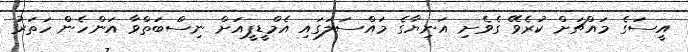
އީސަގެ މައްޗަށް ކުރެވޭ ގެވެށި އަނިޔާގެ މައްސަލަގައި އެމްޑީޕީއަށް ނިސްބަތްވާ އަންހެން ހަތަރު